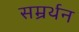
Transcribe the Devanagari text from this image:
सम्रर्थन